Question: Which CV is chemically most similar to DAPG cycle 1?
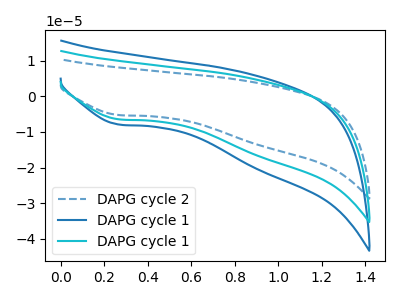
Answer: <think>The blue dashed curve "DAPG cycle 2" has a cathodic peak at: (0.25V, -5.25uA). The blue curve "DAPG cycle 1" has a cathodic peak at: (0.25V, -12.90uA). The cyan curve "DAPG cycle 1" has a cathodic peak at: (0.25V, -6.45uA).
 All the peaks in "DAPG cycle 2" have a peak in "DAPG cycle 1" at the same potential. Every peak in "DAPG cycle 2" is lower than every peak in "DAPG cycle 1". All the peaks in "DAPG cycle 2" have a peak in "DAPG cycle 1" at the same potential. Every peak in "DAPG cycle 2" is lower than every peak in "DAPG cycle 1". All the peaks in "DAPG cycle 1" have a peak in "DAPG cycle 1" at the same potential. Every peak in "DAPG cycle 1" is higher than every peak in "DAPG cycle 1".</think>
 <answer>"DAPG cycle 1" and "DAPG cycle 1" have a similar shape to "DAPG cycle 2".</answer>
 <eval>"DAPG cycle 1" "DAPG cycle 1"</eval>